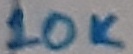
Text: 10K